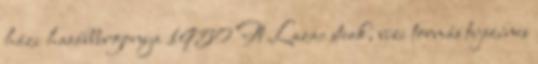
házi hasábburgonya 1950 Ft Lazac steak, vízi tormás tejszínes